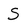
Character: S